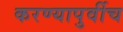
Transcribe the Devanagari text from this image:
करण्यापुर्वीच